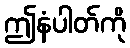
ဤနံပါတ်ကို